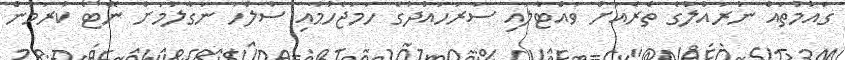
ގައުމުތައް ނުރައްލުގެ ތެރެއަށް ވައްޓާލައި ސަރަހައްދުގެ ހަމަޖެހުމާއި ސުލްހަ ނަގާލުމަށް ނޭޓޯ ކުރަމުން